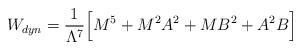
LaTeX: \begin{align*}W_{dyn}=\frac{1}{\Lambda^7}\Big[M^5+M^2A^2+M B^2+A^2 B \Big]\end{align*}